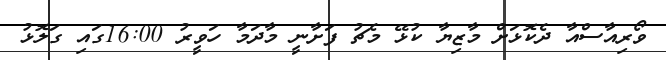
ވޯރިއާސްއާ ދެކޮޅަށް މާޒިޔާ ކުޅޭ މެޗު ފަށާނީ މާދަމާ ހަވީރު 16:00ގައި ގަލޮޅު